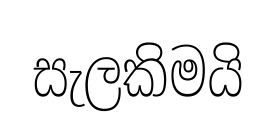
සැලකිමයි